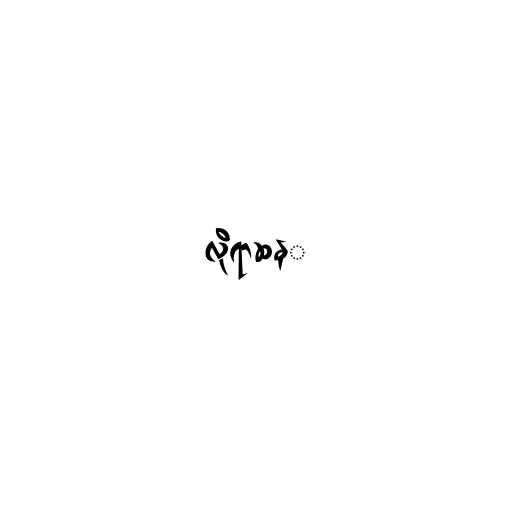
လိုရာဆန္